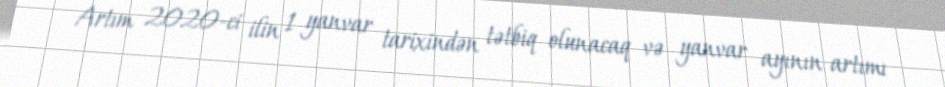
Artım 2020-ci ilin 1 yanvar tarixindən tətbiq olunacaq və yanvar ayının artımı